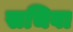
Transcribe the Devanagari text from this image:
सचिवा